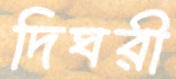
দিঘরী